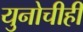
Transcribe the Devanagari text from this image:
युनोचीही